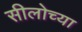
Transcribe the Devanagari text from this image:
सीलोच्या